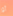
أو